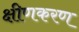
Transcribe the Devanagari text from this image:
क्षीणकरण